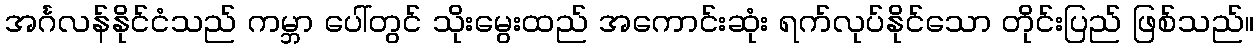
အင်္ဂလန်နိုင်ငံသည် ကမ္ဘာ ပေါ်တွင် သိုးမွေးထည် အကောင်းဆုံး ရက်လုပ်နိုင်သော တိုင်းပြည် ဖြစ်သည်။